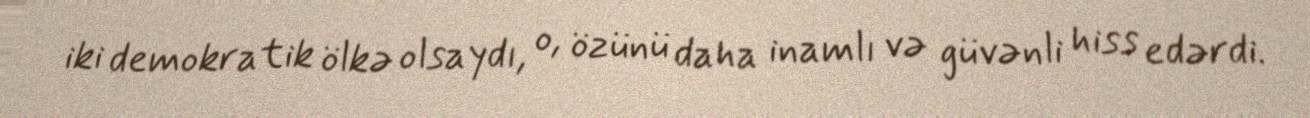
iki demokratik ölkə olsaydı, o, özünü daha inamlı və güvənli hiss edərdi.